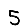
Digit: 5